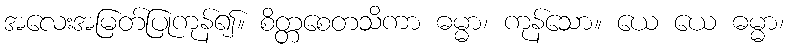
အလေးအမြတ်ပြုကုန်၍။ စိတ္တစေတသိကာ ဓမ္မာ၊ ကုန်သော။ ယေ ယေ ဓမ္မာ၊